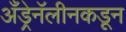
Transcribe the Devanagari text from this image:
अँड्रेनॅलीनकडून